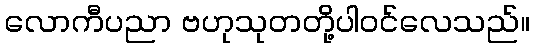
လောကီပညာ ဗဟုသုတတို့ပါဝင်လေသည်။